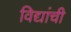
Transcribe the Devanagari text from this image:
विद्यांची